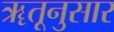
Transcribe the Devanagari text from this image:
ॠतूनुसार